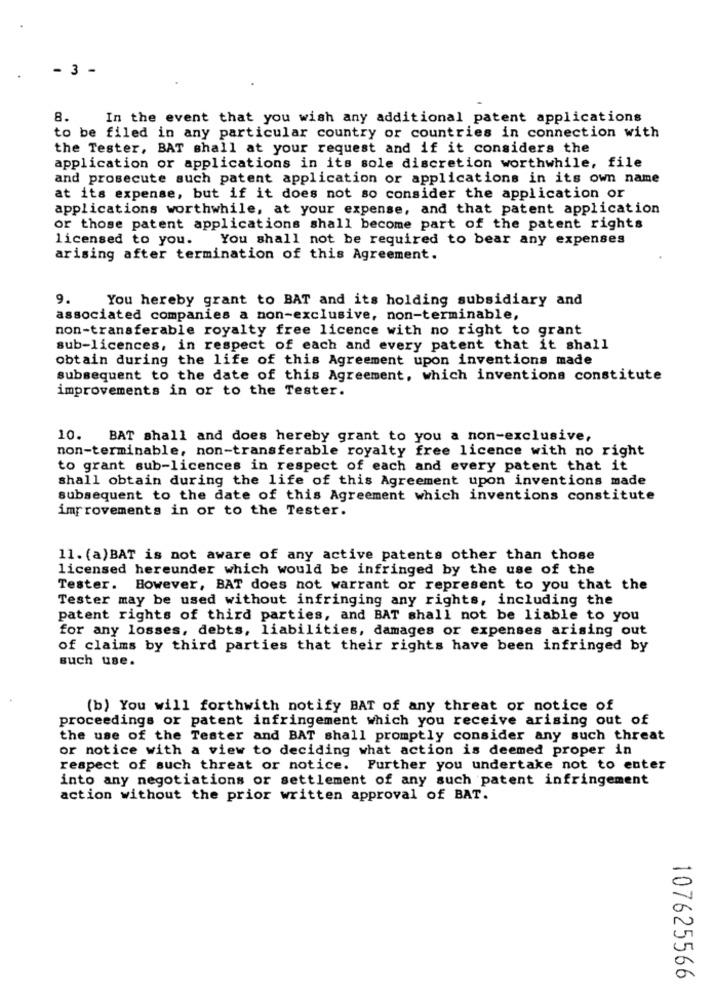
- 3 -
8.
In the event that you wish any additional patent applications
to be filed in any particular country or countries in connection with
the Tester, BAT shall at your request and if it considers the
application or applications in its sole discretion worthwhile, file
and prosecute such patent application or applications in its own name
at its expense, but if it does not so consider the application or
applications worthwhile, at your expense, and that patent application
or those patent applications shall become part of the patent rights
licensed to you.
You shall not be required to bear any expenses
arising after termination of this Agreement.
9.
You hereby grant to BAT and its holding subsidiary and
associated companies a non-exclusive, non-terminable,
non-transferable royalty free licence with no right to grant
sub-licences, in respect of each and every patent that it shall
obtain during the life of this Agreement upon inventions made
subsequent to the date of this Agreement, which inventions constitute
improvements in or to the Tester.
10.
BAT shall and does hereby grant to you a non-exclusive,
non-terminable, non-transferable royalty free licence with no right
to grant sub-licences in respect of each and every patent that it
shall obtain during the life of this Agreement upon inventions made
subsequent to the date of this Agreement which inventions constitute
improvements in or to the Tester.
11. (a)BAT is not aware of any active patents other than those
licensed hereunder which would be infringed by the use of the
Tester.
Bowever, BAT does not warrant or represent to you that the
Tester may be used without infringing any rights, including the
patent rights of third parties, and BAT shall not be liable to you
for any losses, debts, liabilities, damages or expenses arising out
of claims by third parties that their rights have been infringed by
Buch use.
(b) You will forthwith notify BAT of any threat or notice of
proceedings or patent infringement which you receive arising out of
the use of the Tester and BAT shall promptly consider any such threat
or notice with a view to deciding what action is deemed proper in
respect of such threat or notice. Further you undertake not to enter
into any negotiations or settlement of any such patent infringement
action without the prior written approval of BAT.
107625566